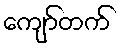
ကျော်တက်